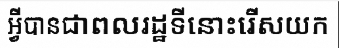
អ្វីបានជាពលរដ្ឋទីនោះរើសយក